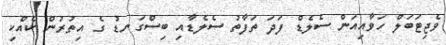
ވެޖިޓަބަލް ހަވާއިއަން ސެލެޑް ފަދަ ތަފާތު ސެލެޑާއި ބިސްގަނޑު ގެ އިތުރުން ކެއްކި